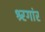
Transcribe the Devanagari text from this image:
श्र्रगांर